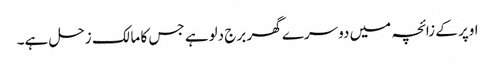
اوپر کے زائچہ میں دوسرے گھر برج دلوہے جس کا مالک زحل ہے۔